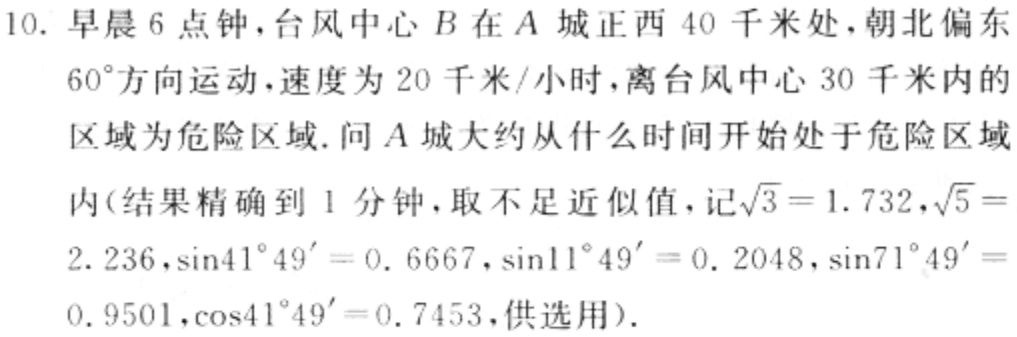
10. 早晨6点钟，台风中心\(B\)在\(A\)城正西\(40\)千米处，朝北偏东\(60^{\circ}\)方向运动，速度为\(20\)千米/小时，离台风中心\(30\)千米内的区域为危险区域. 问\(A\)城大约从什么时间开始处于危险区域内(结果精确到\(1\)分钟，取不足近似值，记\(\sqrt{3}=1.732,\sqrt{5}=2.236,\sin41^{\circ}49^{\prime}=0.6667,\sin11^{\circ}49^{\prime}=0.2048,\sin71^{\circ}49^{\prime}=0.9501,\cos41^{\circ}49^{\prime}=0.7453\)，供选用).